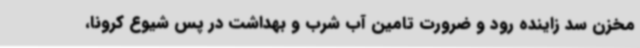
مخزن سد زاینده رود و ضرورت تامین آب شرب و بهداشت در پس شیوع کرونا،